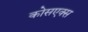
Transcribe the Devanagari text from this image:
कोसएक्स